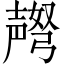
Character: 𫯅